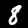
Label: 8